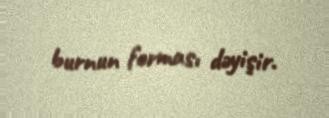
burnun forması dəyişir.